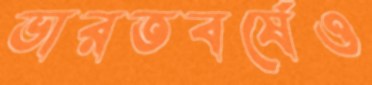
ভারতবর্ষেও